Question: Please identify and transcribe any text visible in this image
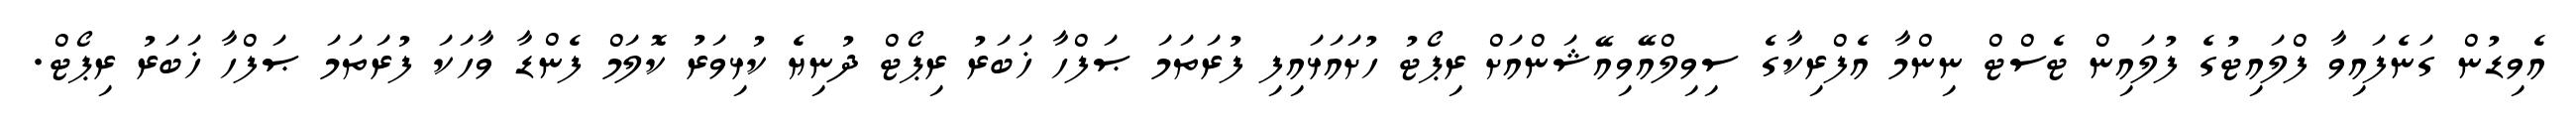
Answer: އެވިޑުން ގަނެފައިވާ ފްލައިޓުގެ ފުލައިން ޓެސްޓް ނިންމާ އެފްރިކާގެ ސިވިލްއޭވިއޭޝަންއަށް ރިޕޯޓު ހުށައަޅައިފި ފުރަތަމަ ޞަފްހާ ޚަބަރު ރިޕޯޓް ދުނިޔެ ކުޅިވަރު ކޮލަމް ފެންޑާ ވާހަކަ ފުރަތަމަ ޞަފްހާ ޚަބަރު ރިޕޯޓް.